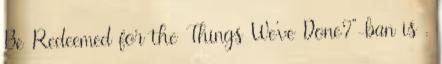
Be Redeemed for the Things We've Done?"-ban is .